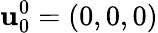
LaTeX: \mathbf{u}_{0}^{0}=(0,0,0)